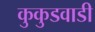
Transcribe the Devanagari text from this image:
कुकुडवाडी